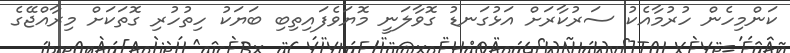
ކަންމިހެން ހުރުމާއެކު ސަރުކާރަށް އަޅުގަނޑު ގޮވާލަނީ މޮޔަވެފައިތިބި ބަޔަކު ހިތުހުރި ގޮތަކަށް މިރާއްޖޭގެ